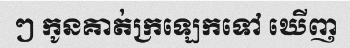
ៗ កូនគាត់ក្រឡេកទៅ ឃើញ